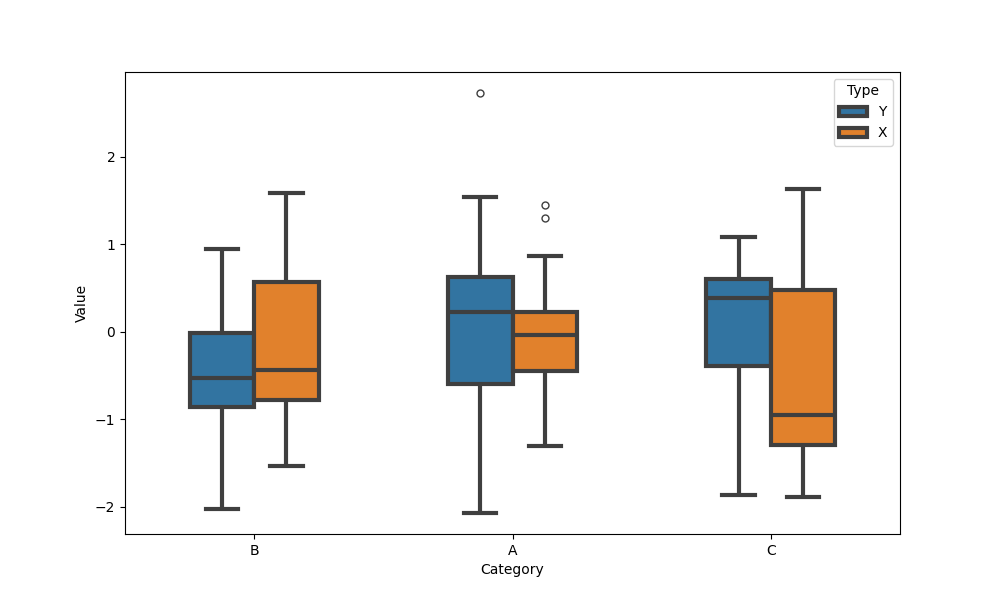
python, seaborn, boxplot, width=0.5, linewidth=3, fliersize=5, notch=False